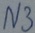
Text: N3